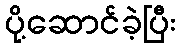
ပို့ဆောင်ခဲ့ပြီး